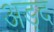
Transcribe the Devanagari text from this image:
अड़द